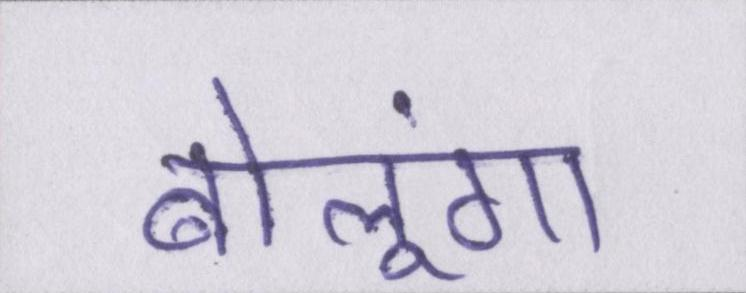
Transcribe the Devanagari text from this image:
बोलूंगा